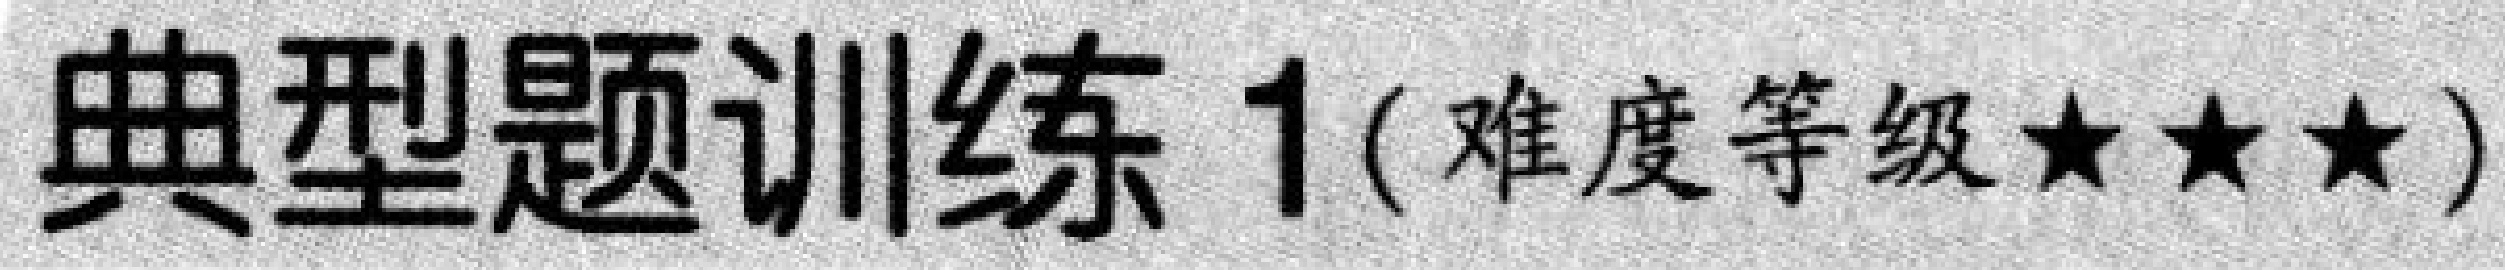
典型题训练 1 (难度等级★★★)